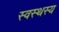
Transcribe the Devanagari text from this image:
स्वस्थस्य